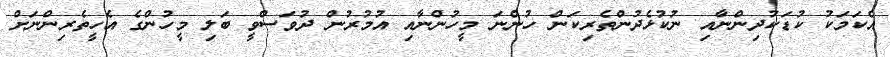
އެކަމަކު ކުޑަކުދިންނާއި ނުކުޅެދުންތެރިކަން ހުންނަ މީހުންނާއި އުމުރުން ދުވަސްވީ ބަލި މީހުންގެ އެހީތެރިންނަށް